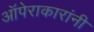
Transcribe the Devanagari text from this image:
ऑपेराकारांनी